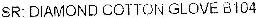
SR: DIAMOND COTTON GLOVE 8104